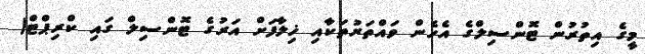
މީގެ އިތުރުން ޓޮންސިލްގެ އެހެން ވައްތަރުތަކާއި ޚިލާފަށް އަރުގެ ޓޮންސިލް ގައި ކްރިޕްޓް(